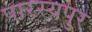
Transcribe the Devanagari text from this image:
पारस्यपुर